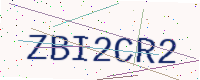
Text: ZBI2CR2